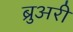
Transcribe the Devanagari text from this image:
ब्रुअरी